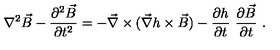
\nabla ^ { 2 } \vec { B } - \frac { \partial ^ { 2 } \vec { B } } { \partial t ^ { 2 } } = - \vec { \nabla } \times ( \vec { \nabla } h \times \vec { B } ) - \frac { \partial h } { \partial t } \ \frac { \partial \vec { B } } { \partial t } \ .